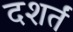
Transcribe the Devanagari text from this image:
दशर्तं